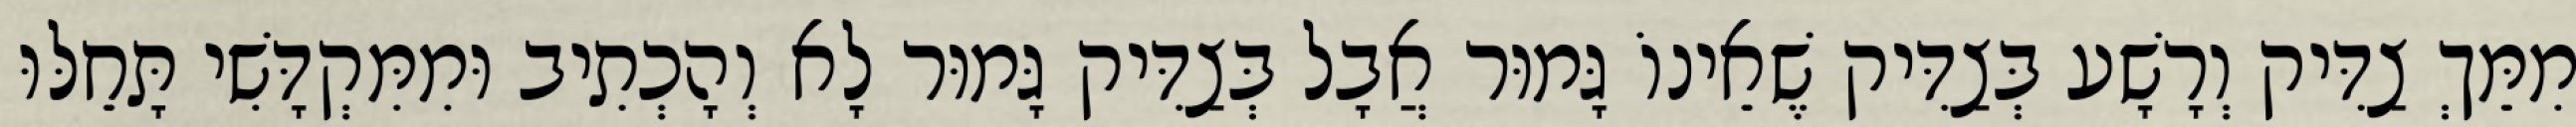
מִמֵּךְ צַדִּיק וְרָשָׁע בְּצַדִּיק שֶׁאֵינוֹ גָּמוּר אֲבָל בְּצַדִּיק גָּמוּר לָא וְהָכְתִיב וּמִמִּקְדָּשִׁי תָּחֵלּוּ